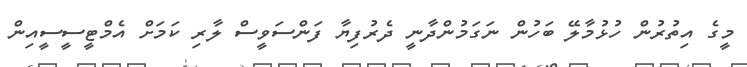
މީގެ އިތުރުން ހުޅުމާލޭ ބަހުން ނަގަމުންދާނީ ދެރުފިޔާ ފަންސަވީސް ލާރި ކަމަށް އެމްޓީސީސީއިން